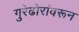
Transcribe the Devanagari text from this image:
गुरेढोरांवरून